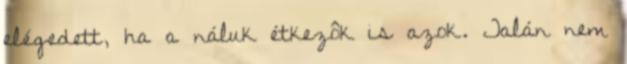
elégedett, ha a náluk étkezôk is azok. Talán nem